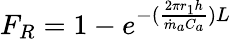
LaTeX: \begin{array}{r}{F_{R}=1-e^{-(\frac{2\pi r_{1}h}{\dot{m}_{a}C_{a}})L}}\end{array}